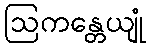
ဩကန္တေယျုံ